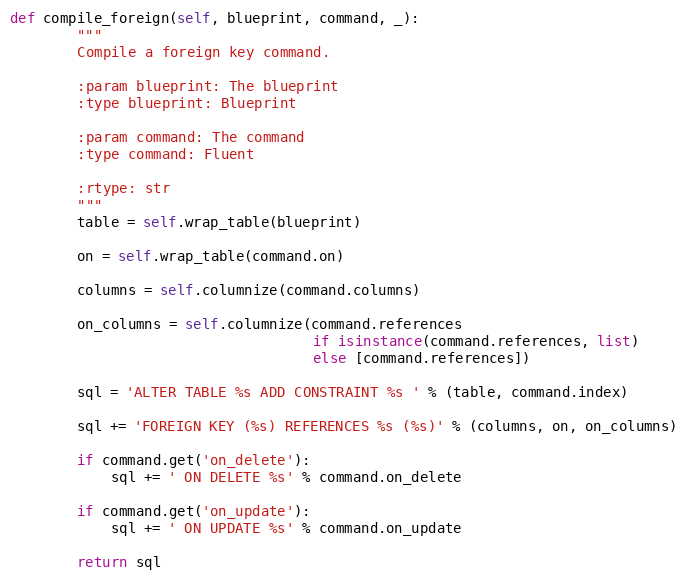
Language: Python
def compile_foreign(self, blueprint, command, _):
        """
        Compile a foreign key command.

        :param blueprint: The blueprint
        :type blueprint: Blueprint

        :param command: The command
        :type command: Fluent

        :rtype: str
        """
        table = self.wrap_table(blueprint)

        on = self.wrap_table(command.on)

        columns = self.columnize(command.columns)

        on_columns = self.columnize(command.references
                                    if isinstance(command.references, list)
                                    else [command.references])

        sql = 'ALTER TABLE %s ADD CONSTRAINT %s ' % (table, command.index)

        sql += 'FOREIGN KEY (%s) REFERENCES %s (%s)' % (columns, on, on_columns)

        if command.get('on_delete'):
            sql += ' ON DELETE %s' % command.on_delete

        if command.get('on_update'):
            sql += ' ON UPDATE %s' % command.on_update

        return sql